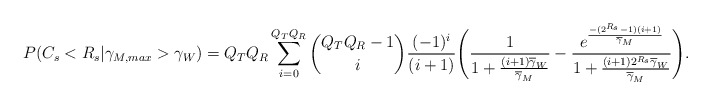
\begin{align*}P(C_{s}<R_{s} | \gamma_{M, max}>\gamma_{W}) = Q_{T}Q_{R} \sum_{i=0}^{Q_{T}Q_{R}} \binom{Q_{T}Q_{R}-1}{i} \frac{(-1)^i}{(i+1)} \Bigg( \frac{1}{1+\frac{(i+1)\overline{\gamma}_{W}}{\overline{\gamma}_{M}}} - \frac{e^{\frac{-(2^{R_{s}}-1)(i+1)}{\overline{\gamma}_{M}}}}{1+\frac{(i+1) 2^{R_{s}}\overline{\gamma}_{W}}{\overline{\gamma}_{M}}}\Bigg).\end{align*}